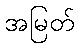
အမြတ်